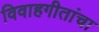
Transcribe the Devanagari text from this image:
विवाहगीतांचा